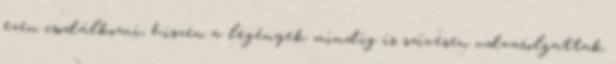
ezen csodálkozni, hiszen a legények mindig is szívesen udvarolgattak